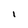
Character: 1